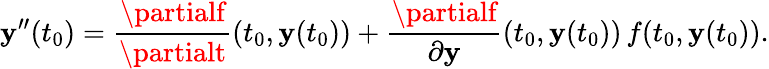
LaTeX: \mathbf{y}^{\prime\prime}(t_{0})={\frac{{\partialf}}{{\partialt}}}(t_{0},\mathbf{y}(t_{0}))+{\frac{{\partialf}}{{\partial\mathbf{y}}}}(t_{0},\mathbf{y}(t_{0}))\, f(t_{0},\mathbf{y}(t_{0})).